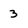
Character: 3